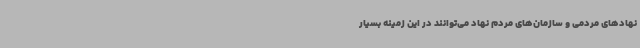
نهادهای مردمی و سازمان‌های مردم‌ نهاد می‌توانند در این زمینه بسیار